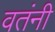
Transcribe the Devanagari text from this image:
वतंनी